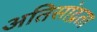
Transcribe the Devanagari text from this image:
अतिसांद्रता